Jaan_Tonisson_(Lasteleht), lk 14
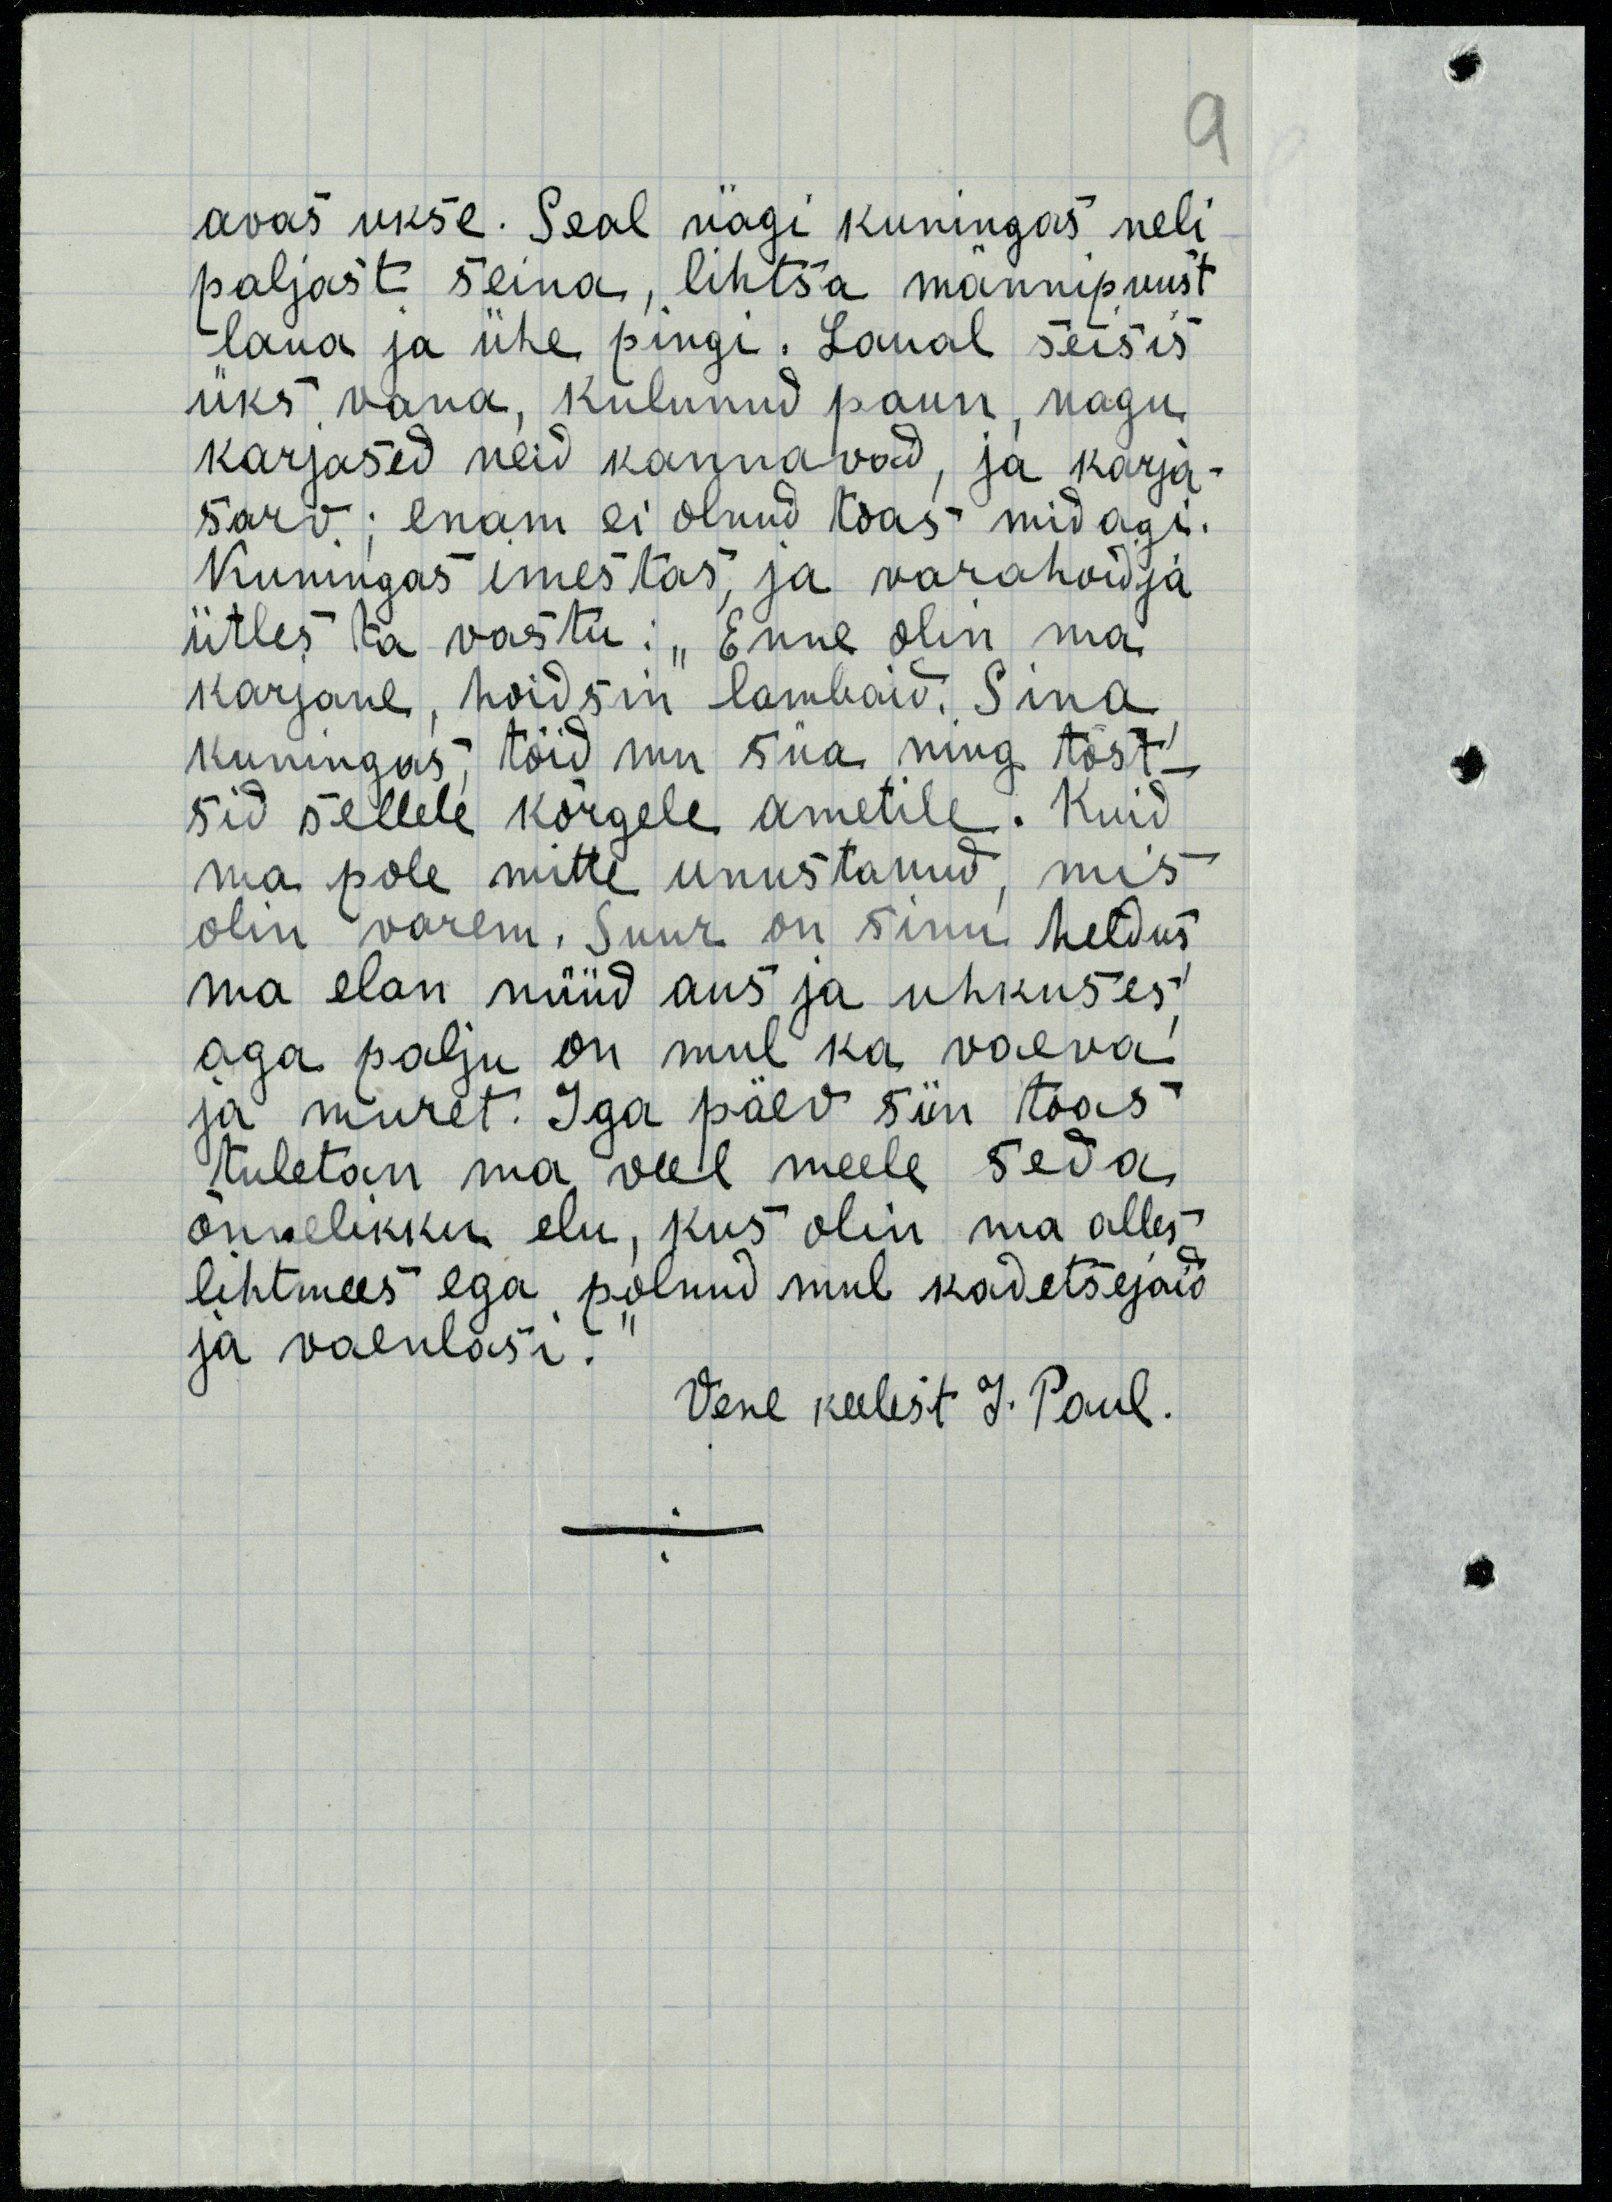
avas ukse. Seal nägi kuningas neli
paljast seina, lihtsa männipuust
laua ja ühe pingi. Laual seisis 
üks vana, kulunud paun, nagu
karjased neid kannavad, ja karja-
sarv; enam ei olnud toas midagi.
Kuningas imestas, ja varahoidja
ütles ta vastu: „Enne olin ma 
karjane, hoidsin lambaid. Sina,
kuningas, tõid mu siia ning tõst-
sid sellele kõrgele ametile. Kuid
ma pole mitte unustanud, mis
olin varem. Suur on sinu heldus,
ma elan nüüd aus ja uhkuses,
aga palju on mul ka vaeva
ja muret. Iga päev siin toas
tuletan ma veel meele seda
õnnelikku elu, kus olin ma alles
lihtmees ega polnud mul kadetsejaid
ja vaenlasi.
Vene keelist J. Paul